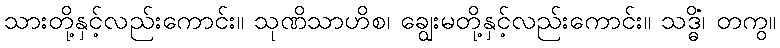
သားတို့နှင့်လည်းကောင်း။ သုဏိသာဟိစ၊ ချွေးမတို့နှင့်လည်းကောင်း။ သဒ္ဓိံ၊ တကွ။